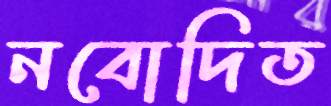
নবোদিত